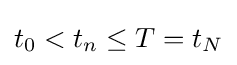
t_{0}<t_{n}\leq T=t_{N}